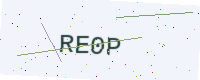
Text: RE0P